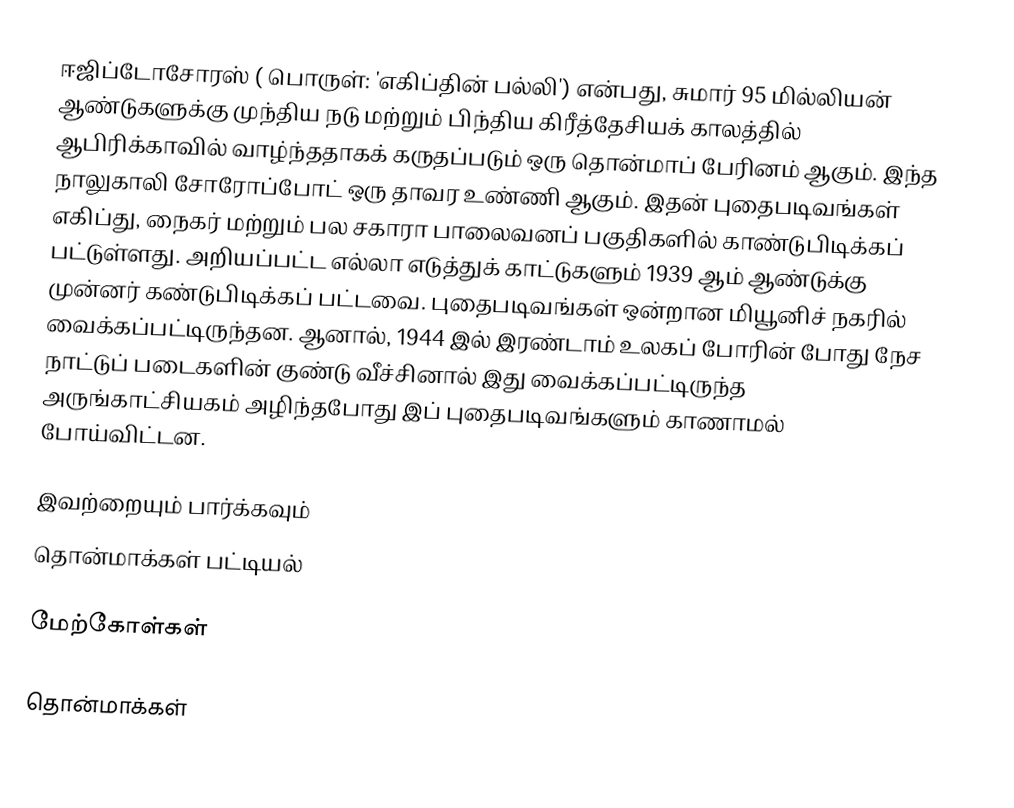
ஈஜிப்டோசோரஸ் ( பொருள்: 'எகிப்தின் பல்லி') என்பது, சுமார் 95 மில்லியன் ஆண்டுகளுக்கு முந்திய நடு மற்றும் பிந்திய கிரீத்தேசியக் காலத்தில் ஆபிரிக்காவில் வாழ்ந்ததாகக் கருதப்படும் ஒரு தொன்மாப் பேரினம் ஆகும். இந்த நாலுகாலி சோரோப்போட் ஒரு தாவர உண்ணி ஆகும். இதன் புதைபடிவங்கள் எகிப்து, நைகர் மற்றும் பல சகாரா பாலைவனப் பகுதிகளில் காண்டுபிடிக்கப் பட்டுள்ளது. அறியப்பட்ட எல்லா எடுத்துக் காட்டுகளும் 1939 ஆம் ஆண்டுக்கு முன்னர் கண்டுபிடிக்கப் பட்டவை. புதைபடிவங்கள் ஒன்றான மியூனிச் நகரில் வைக்கப்பட்டிருந்தன. ஆனால், 1944 இல் இரண்டாம் உலகப் போரின் போது நேச நாட்டுப் படைகளின் குண்டு வீச்சினால் இது வைக்கப்பட்டிருந்த அருங்காட்சியகம் அழிந்தபோது இப் புதைபடிவங்களும் காணாமல் போய்விட்டன.

இவற்றையும் பார்க்கவும்
 தொன்மாக்கள் பட்டியல்

மேற்கோள்கள்

தொன்மாக்கள்